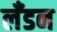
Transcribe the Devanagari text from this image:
लॅंडन